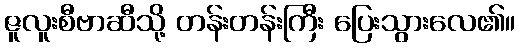
ဇူလူးစီဗာဆီသို့ တန်းတန်းကြီး ပြေးသွားလေ၏။